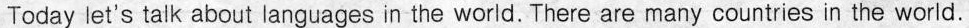
Today let's talk about languages in the world. There are many countries in the world.